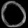
Digit: ၀